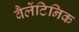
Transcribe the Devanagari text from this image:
वैलेंटिनिक